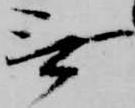
無